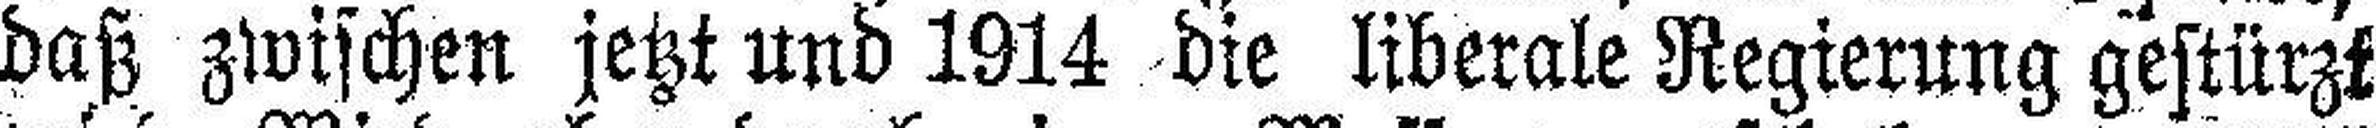
daß zwischen jetzt und 1914 die liberale Regierung gestürzt